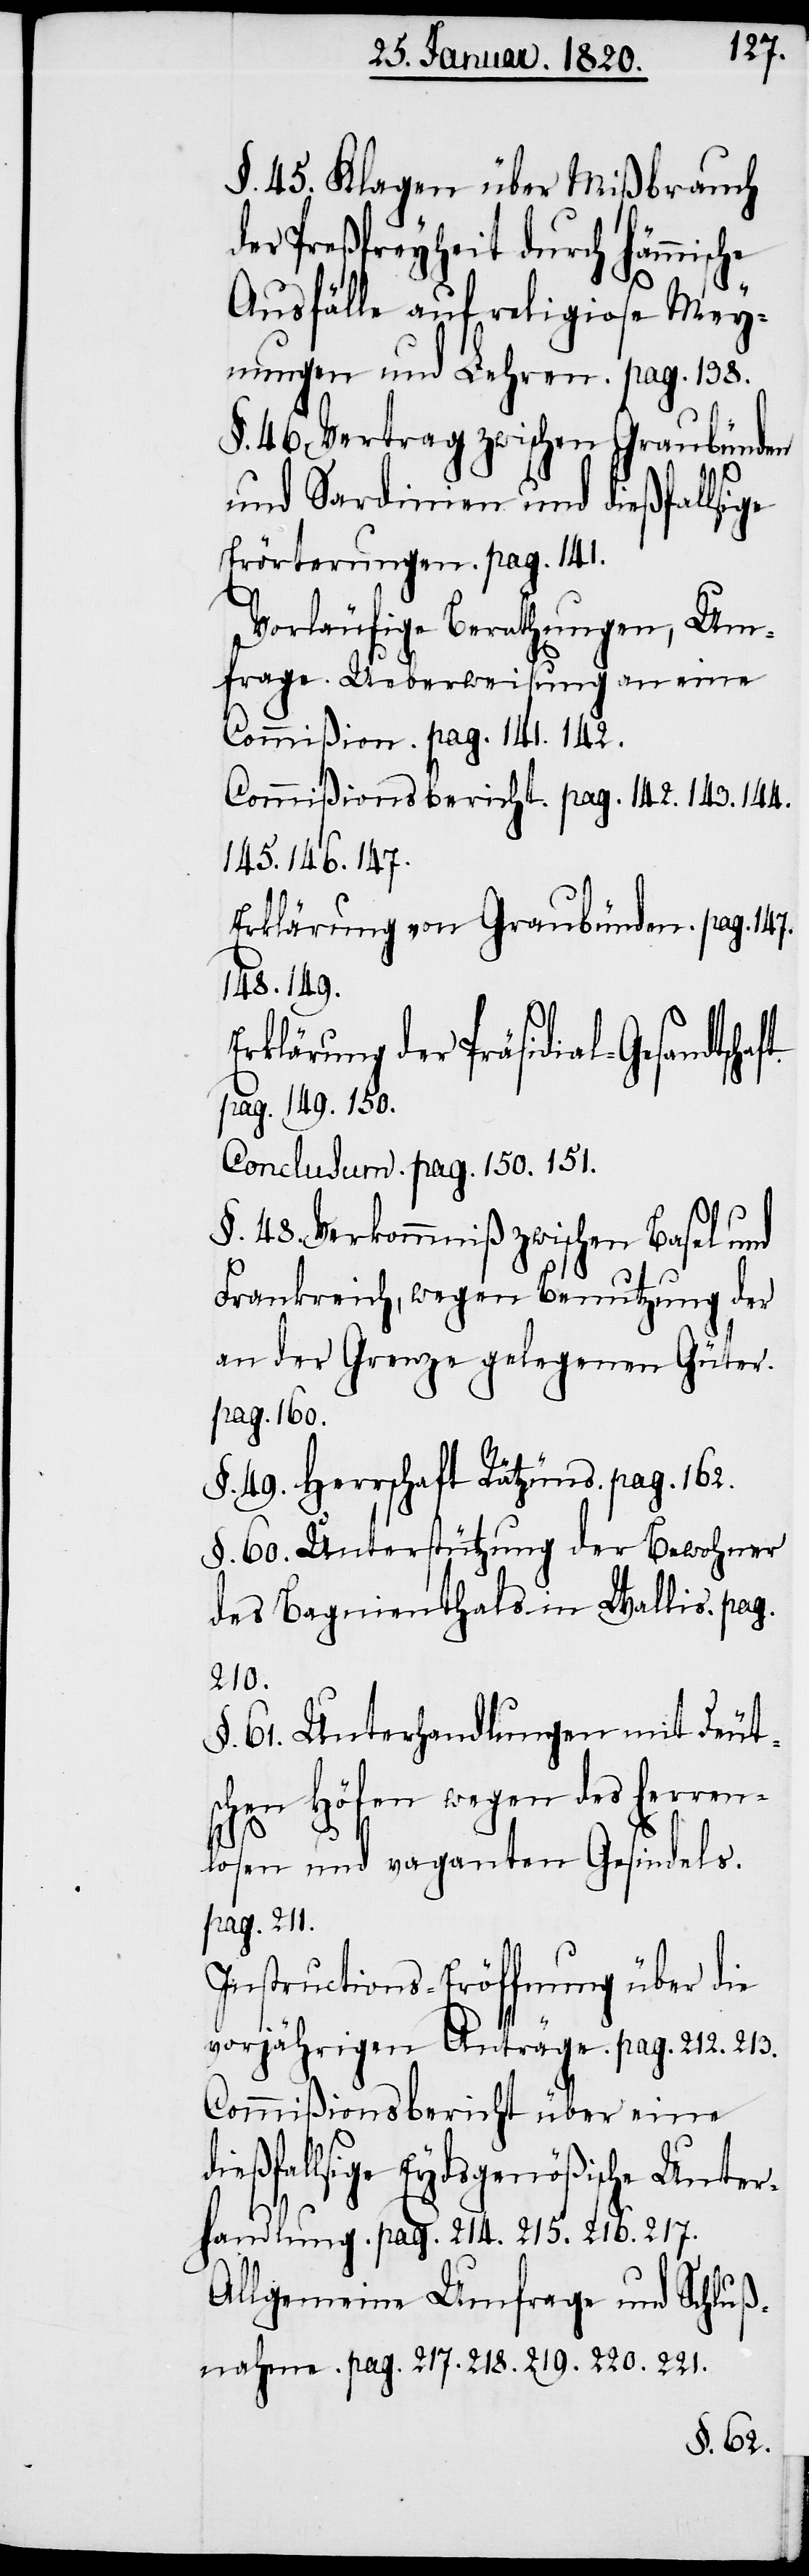
§. 45. Klagen über Mißbrauch
der Preßfreyheit durch hämmische
Ausfälle auf religiose Mey¬
nungen und Lehren. pag. 138.
§. 46. Vertrag zwischen Graubünden
und Sardinien und dießfallsige
Erörterungen. pag. 141.
Vorläufige Berathungen, Um¬
frage. Ueberweisung an eine
Commißion. pag. 141. 142.
Commißionsbericht. pag. 142. 143. 144.
145. 146. 147.
Erklärung von Graubünden. pag. 147.
148. 149.
Erklärung der Präsidial-Gesandtsch¬
aft.
pag. 149. 150.
Conclusum. pag. 150. 151.
§. 48. Verkommniß zwischen Basel und
Frankreich, wegen Benutzung der
an der Grenze gelegenen Güter.
pag. 160.
§. 49. Herrschaft Rätzüns. pag. 162.
§. 60. Unterstützung der Bewohner
des Bagnienthals in Wallis. pag.
210.
§. 61. Unterhandlungen mit Deut¬
schen Höfen wegen des herren¬
losen und vaganten Gesindels.
pag. 211.
Instructions-Eröffnung über die
vorjährigen Anträge. pag. 212. 213.
Commißionsbericht über eine
dießfallsige Eydsgenößische Unter¬
handlung. pag. 214. 215. 216. 217.
Allgemeine Umfrage und Schluß¬
nahme. pag. 217. 218. 219. 220. 221.